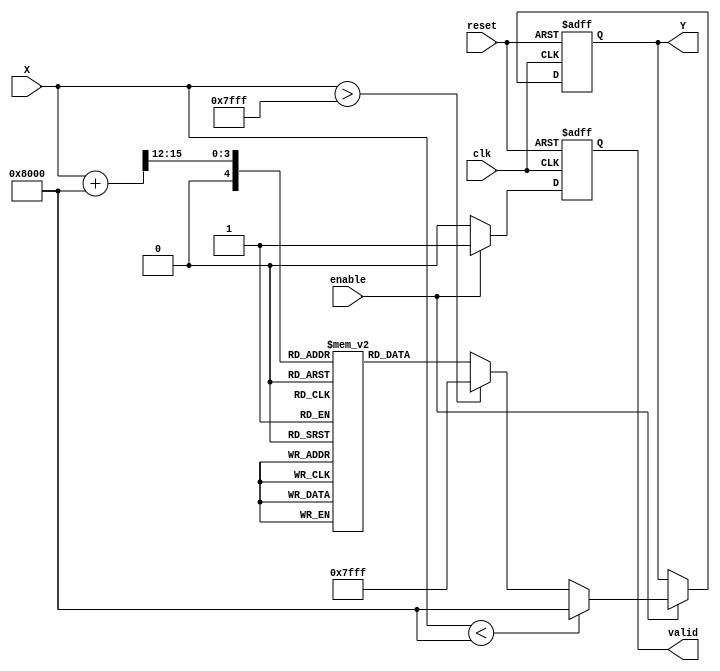
module atan_block (
    input wire clk,
    input wire reset,
    input wire enable,
    input wire signed [15:0] X, // Input: Fixed-point representation of tangent value
    output reg signed [15:0] Y,  // Output: Fixed-point representation of angle in radians
    output reg valid             // Output valid signal
);

    // LUT for atan values (simplified for demonstration)
    reg signed [15:0] atan_lut [0:31]; // LUT for atan values
    initial begin
        // Populate the LUT with precomputed atan values (in fixed-point format)
        atan_lut[0] = 16'h0000; // atan(0)
        atan_lut[1] = 16'h1999; // atan(0.1)
        atan_lut[2] = 16'h3333; // atan(0.2)
        atan_lut[3] = 16'h4CC6; // atan(0.3)
        atan_lut[4] = 16'h6666; // atan(0.4)
        atan_lut[5] = 16'h7FFF; // atan(0.5)
        // Add more values as needed...
        atan_lut[31] = 16'h7FFF; // atan(1) (max value)
    end

    // Internal signal for output computation
    reg signed [15:0] atan_value;
    reg [4:0] index; // Index for LUT

    always @(posedge clk or posedge reset) begin
        if (reset) begin
            Y <= 16'h0000; // Reset output
            valid <= 1'b0; // Reset valid signal
        end else if (enable) begin
            // Normalize input to fit LUT index (assuming X is in range [-1, 1])
            if (X < -16'h8000) begin
                Y <= -16'h8000; // Saturate to -/2
                valid <= 1'b1;
            end else if (X > 16'h7FFF) begin
                Y <= 16'h7FFF; // Saturate to /2
                valid <= 1'b1;
            end else begin
                // Scale input to index range
                index = (X + 16'h8000) >> 12; // Scale to [0, 31]
                atan_value = atan_lut[index]; // Lookup value
                Y <= atan_value; // Assign output
                valid <= 1'b1; // Set valid signal
            end
        end else begin
            valid <= 1'b0; // Clear valid signal when not enabled
        end
    end

endmodule